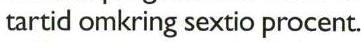
tartid omkring sextio procent.